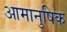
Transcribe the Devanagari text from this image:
आमानुषिक